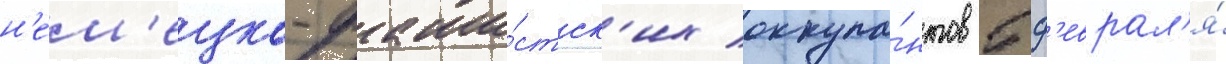
н'ем'ецко-фаши́стск'их оккупа́нтов 5 ф'еврал'я́